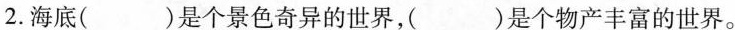
2. 海底( )是个景色奇异的世界，( )是个物产丰富的世界。